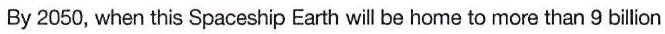
By 2050, when this Spaceship Earth will be home to more than 9 billion